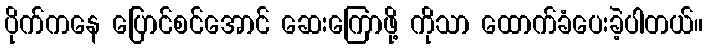
ပိုက်ကနေ ပြောင်စင်အောင် ဆေးကြောဖို့ ကိုသာ ထောက်ခံပေးခဲ့ပါတယ်။